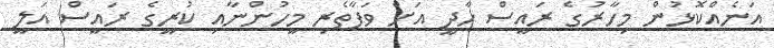
އަނެއްކޮޅުން މިހާރުގެ ރައީސް ހާދީ އަށް ވަފާތެރި މީހުންނާއި ކުރީގެ ރައީސް އަލީ